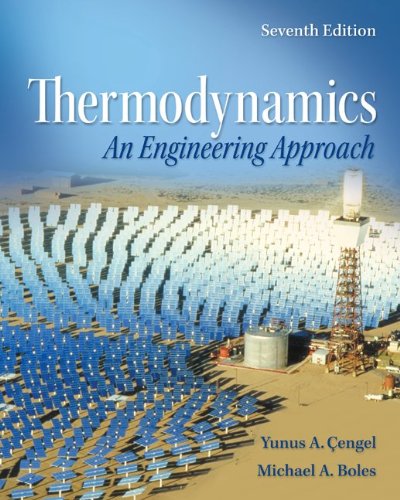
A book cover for Thermodynamics: An Engineering Approach with Student Resources DVD; Yunus Cengel; Engineering & Transportation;